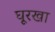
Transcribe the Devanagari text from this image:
घूरखा